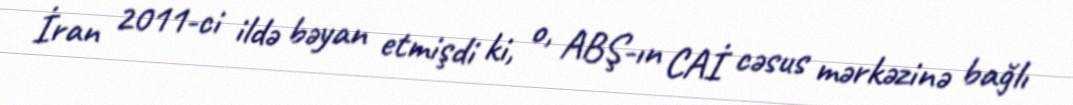
İran 2011-ci ildə bəyan etmişdi ki, o, ABŞ-ın CAİ cəsus mərkəzinə bağlı